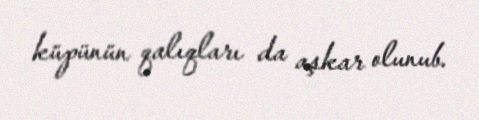
küpünün qalıqları da aşkar olunub.